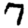
Digit: 7